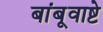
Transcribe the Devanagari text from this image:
बांबूवाष्टे